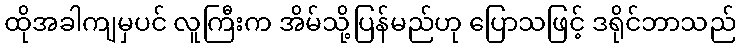
ထိုအခါကျမှပင် လူကြီးက အိမ်သို့ပြန်မည်ဟု ပြောသဖြင့် ဒရိုင်ဘာသည်